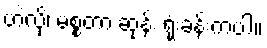
ဟဲလို၊ မစ္စတာ ဆုန်း ရုံးခန်းကပါ။